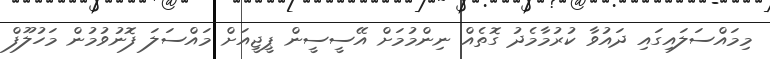
މިމައްސަލައިގައި ދައުވާ ކުރުމާމެދު ގޮތެއް ނިންމުމަށް އޭސީސީން ޕީޖީއަށް މައްސަލަ ފޮނުވުމުން މަހުލޫފް